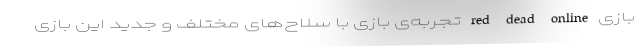
بازی red dead online تجربه‌ی بازی با سلاح‌های مختلف و جدید این بازی